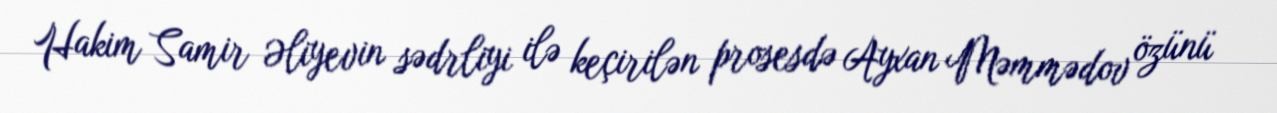
Hakim Samir Əliyevin sədrliyi ilə keçirilən prosesdə Ayxan Məmmədov özünü